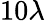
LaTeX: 10\lambda